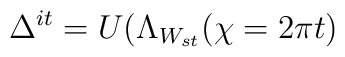
\Delta ^{it}=U(\Lambda _{W_{st}}(\chi =2\pi t)